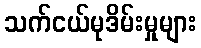
သက်ငယ်မုဒိမ်းမှုများ